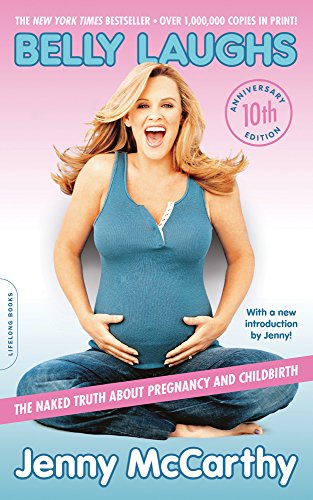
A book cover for Belly Laughs, 10th anniversary edition: The Naked Truth about Pregnancy and Childbirth; Jenny McCarthy; Humor & Entertainment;